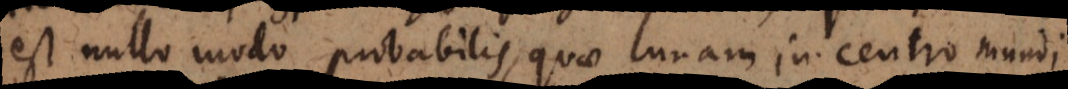
est nullo modo probabilis, quae lunam in centro mundi